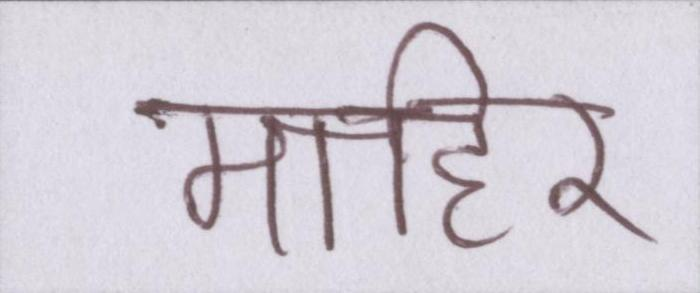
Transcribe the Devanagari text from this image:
माहिर